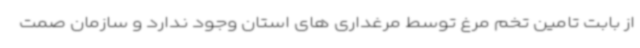
از بابت تامین تخم مرغ توسط مرغداری های استان وجود ندارد و سازمان صمت